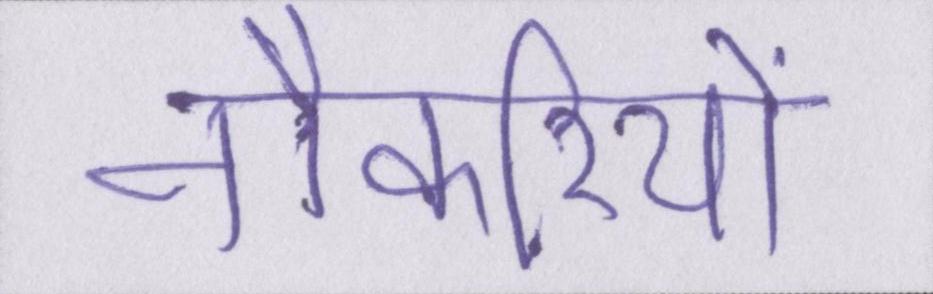
नौकरियों